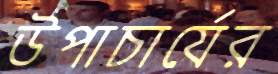
উপাচার্যের